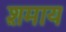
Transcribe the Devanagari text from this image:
श़माय